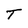
Character: T